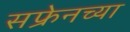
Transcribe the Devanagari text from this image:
सफ्रेनच्या